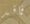
فاقد